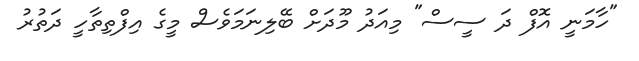
"ހާމަނީ އޮފް ދަ ސީސް" މިއަދު މޫދަށް ބޭލިނަމަވެސް މީގެ އިފްތިތާހީ ދަތުރު